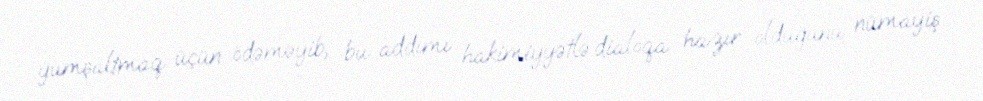
yumşaltmaq üçün ödəməyib, bu addımı hakimiyyətlə dialoqa hazır olduğunu nümayiş